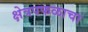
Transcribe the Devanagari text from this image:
क्षेत्रपफळाचा